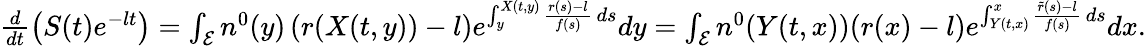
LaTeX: \begin{array}{r}{\frac{d}{dt}\left(S(t)e^{-lt}\right)=\int_{\mathcal{E}}{n^{0}(y)\left(r(X(t,y))-l\right)e^{\int_{y}^{X(t,y)}{\frac{r(s)-l}{f(s)}\, ds}}dy}=\int_{\mathcal{E}}{n^{0}(Y(t,x))(r(x)-l)e^{\int_{Y(t,x)}^{x}{\frac{\tilde{r}(s)-l}{f(s)}\, ds}}dx}.}\end{array}